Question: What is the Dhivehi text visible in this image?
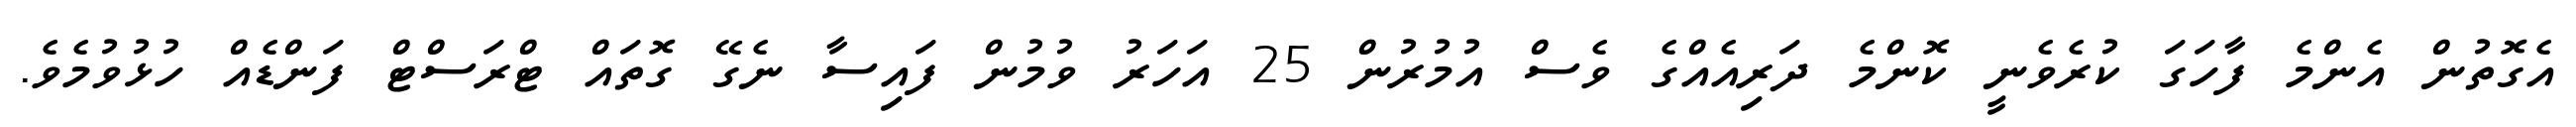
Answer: އެގޮތުން އެންމެ ފާހަގަ ކުރެވެނީ ކޮންމެ ދަރިއެއްގެ ވެސް އުމުރުން 25 އަހަރު ވުމުން ފައިސާ ނެގޭ ގޮތައް ޓްރަސްޓް ފަންޑެއް ހުޅުވުމެވެ.